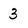
Character: 3